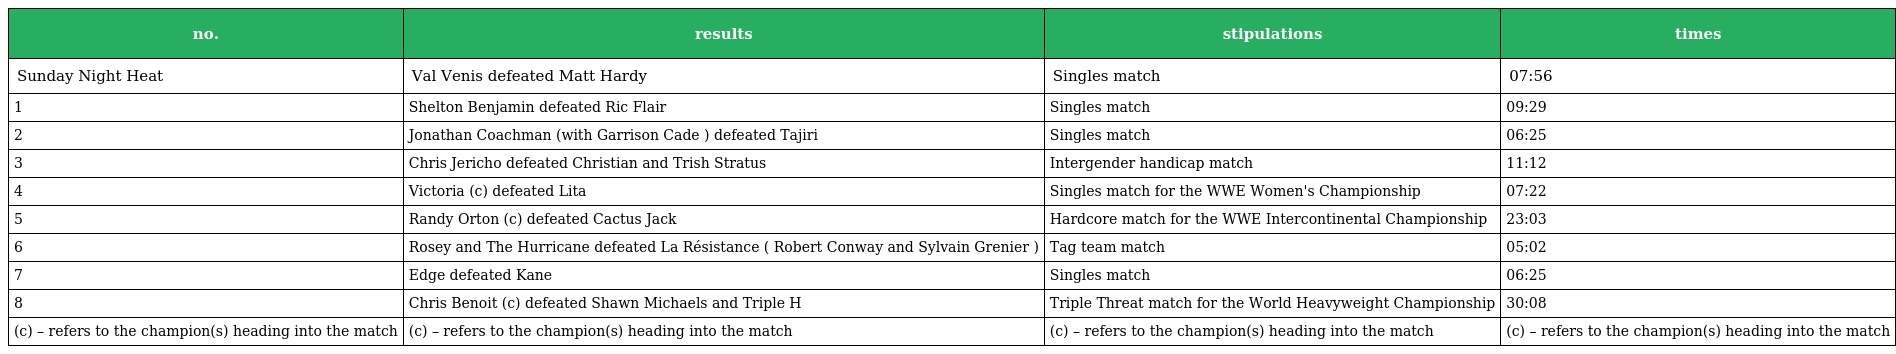
| no. | results | stipulations | times |
 | --- | --- | --- | --- |
 | Sunday Night Heat | Val Venis defeated Matt Hardy | Singles match | 07:56 |
 | 1 | Shelton Benjamin defeated Ric Flair | Singles match | 09:29 |
 | 2 | Jonathan Coachman (with Garrison Cade ) defeated Tajiri | Singles match | 06:25 |
 | 3 | Chris Jericho defeated Christian and Trish Stratus | Intergender handicap match | 11:12 |
 | 4 | Victoria (c) defeated Lita | Singles match for the WWE Women's Championship | 07:22 |
 | 5 | Randy Orton (c) defeated Cactus Jack | Hardcore match for the WWE Intercontinental Championship | 23:03 |
 | 6 | Rosey and The Hurricane defeated La Résistance ( Robert Conway and Sylvain Grenier ) | Tag team match | 05:02 |
 | 7 | Edge defeated Kane | Singles match | 06:25 |
 | 8 | Chris Benoit (c) defeated Shawn Michaels and Triple H | Triple Threat match for the World Heavyweight Championship | 30:08 |
 | (c) – refers to the champion(s) heading into the match | (c) – refers to the champion(s) heading into the match | (c) – refers to the champion(s) heading into the match | (c) – refers to the champion(s) heading into the match |